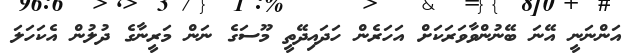
އަންނަނީ އޭނަ ބޭނުންވާވަރަކަށް އަހަރެން ހަދައިދޭތީ މޫސަގެ ނަން މަރީނާގެ ދުލުން އެކަހަލަ